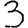
Digit: 3